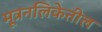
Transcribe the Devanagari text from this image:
मूत्रनलिकेतील